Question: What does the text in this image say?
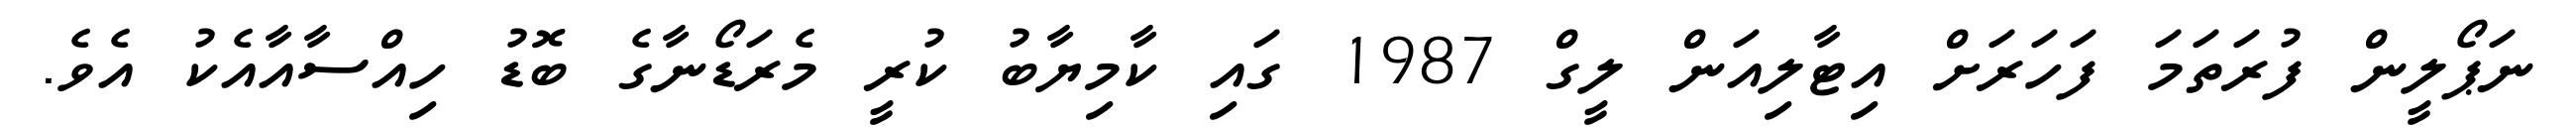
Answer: ނަޕޯލީން ފުރަތަމަ ފަހަރަށް އިޓާލިއަން ލީގް 1987 ގައި ކާމިޔާބު ކުރީ މެރަޑޯނާގެ ބޮޑު ހިއްސާއާއެކު އެވެ.